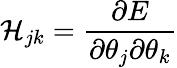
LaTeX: \mathcal{H}_{jk}=\frac{\partial E}{\partial\theta_{j}\partial\theta_{k}}